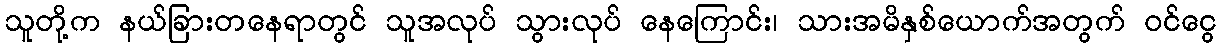
သူတို့က နယ်ခြားတနေရာတွင် သူအလုပ် သွားလုပ် နေကြောင်း၊ သားအမိနှစ်ယောက်အတွက် ဝင်ငွေ